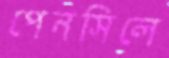
পেনসিলে